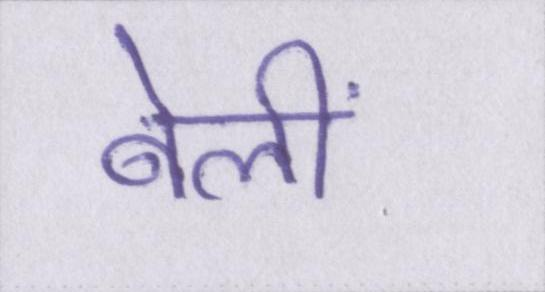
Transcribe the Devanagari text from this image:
बेलीं